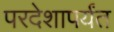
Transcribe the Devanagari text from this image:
परदेशापर्यंत